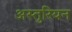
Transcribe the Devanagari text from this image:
अस्तुरियन